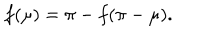
LaTeX: f ( \mu ) = \pi - f ( \pi - \mu ) .